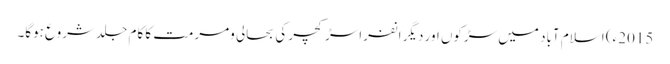
2015ء) اسلام آباد میں سڑکوں اور دیگر انفراسڑکچر کی بحالی ومرمت کا کام جلد شروع ہوگا۔